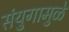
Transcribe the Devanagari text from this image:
संयुगामुळे